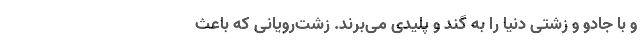
و با جادو و زشتی دنیا را به گند و پلیدی می‌برند. زشت‌رویانی که باعث